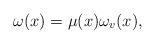
LaTeX: \begin{align*}\omega(x) = \mu(x) \omega_v(x),\end{align*}